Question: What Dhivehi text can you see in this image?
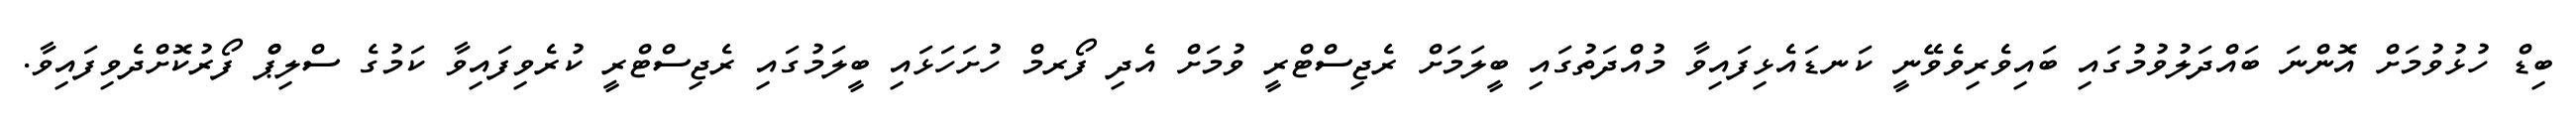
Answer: ބިޑް ހުޅުވުމަށް އޮންނަ ބައްދަލުވުމުގައި ބައިވެރިވެވޭނީ ކަނޑައެޅިފައިވާ މުއްދަތުގައި ބީލަމަށް ރެޖިސްޓްރީ ވުމަށް އެދި ފޯރމް ހުށަހަޅައި ބީލަމުގައި ރެޖިސްޓްރީ ކުރެވިފައިވާ ކަމުގެ ސްލިޕްް ފޯރުކޮށްދެވިފައިވާ.